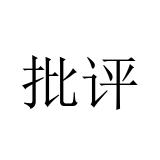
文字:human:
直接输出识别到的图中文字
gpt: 批评